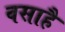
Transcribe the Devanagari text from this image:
वसाहै